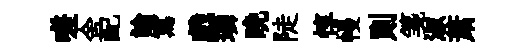
嗟舍配論寫戲璘晚陡惇幔則箋淑萧